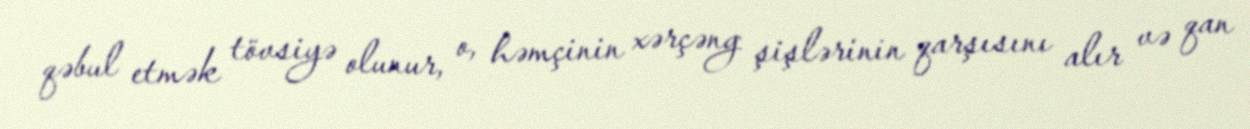
qəbul etmək tövsiyə olunur, o, həmçinin xərçəng şişlərinin qarşısını alır və qan